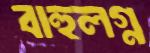
বাহুলগ্ন